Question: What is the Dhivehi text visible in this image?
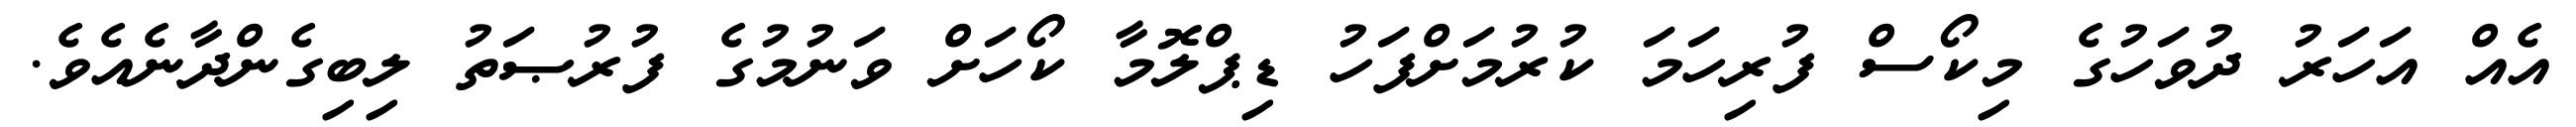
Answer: އެއް އަހަރު ދުވަހުގެ މިކޯސް ފުރިހަމަ ކުރުމަށްފަހު ޑިޕްލޮމާ ކޯހަށް ވަނުމުގެ ފުރުޞަތު ލިބިގެންދާނެއެވެ.